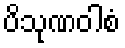
ပိသုဏဝါစံ